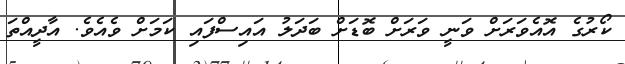
ކޯރުގެ އޮއެވަރަށް ވަނީ ވަރަށް ބޮޑަށް ބަދަލު އައިސްފައި ކަމަށް ވެއެވެ. އާދީއްތަ